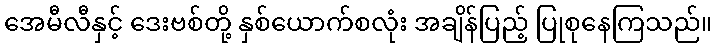
အေမီလီနှင့် ဒေးဗစ်တို့ နှစ်ယောက်စလုံး အချိန်ပြည့် ပြုစုနေကြသည်။